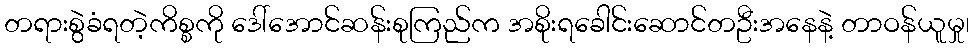
တရားစွဲခံရတဲ့ကိစ္စကို ဒေါ်အောင်ဆန်းစုကြည်က အစိုးရခေါင်းဆောင်တဦးအနေနဲ့ တာဝန်ယူမှု၊